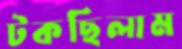
টকছিলাম